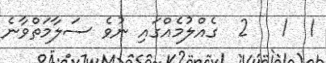
1  1   2  ގެއްލުމެއްގައި ނުވެ ސަލާމަތްވާނެ